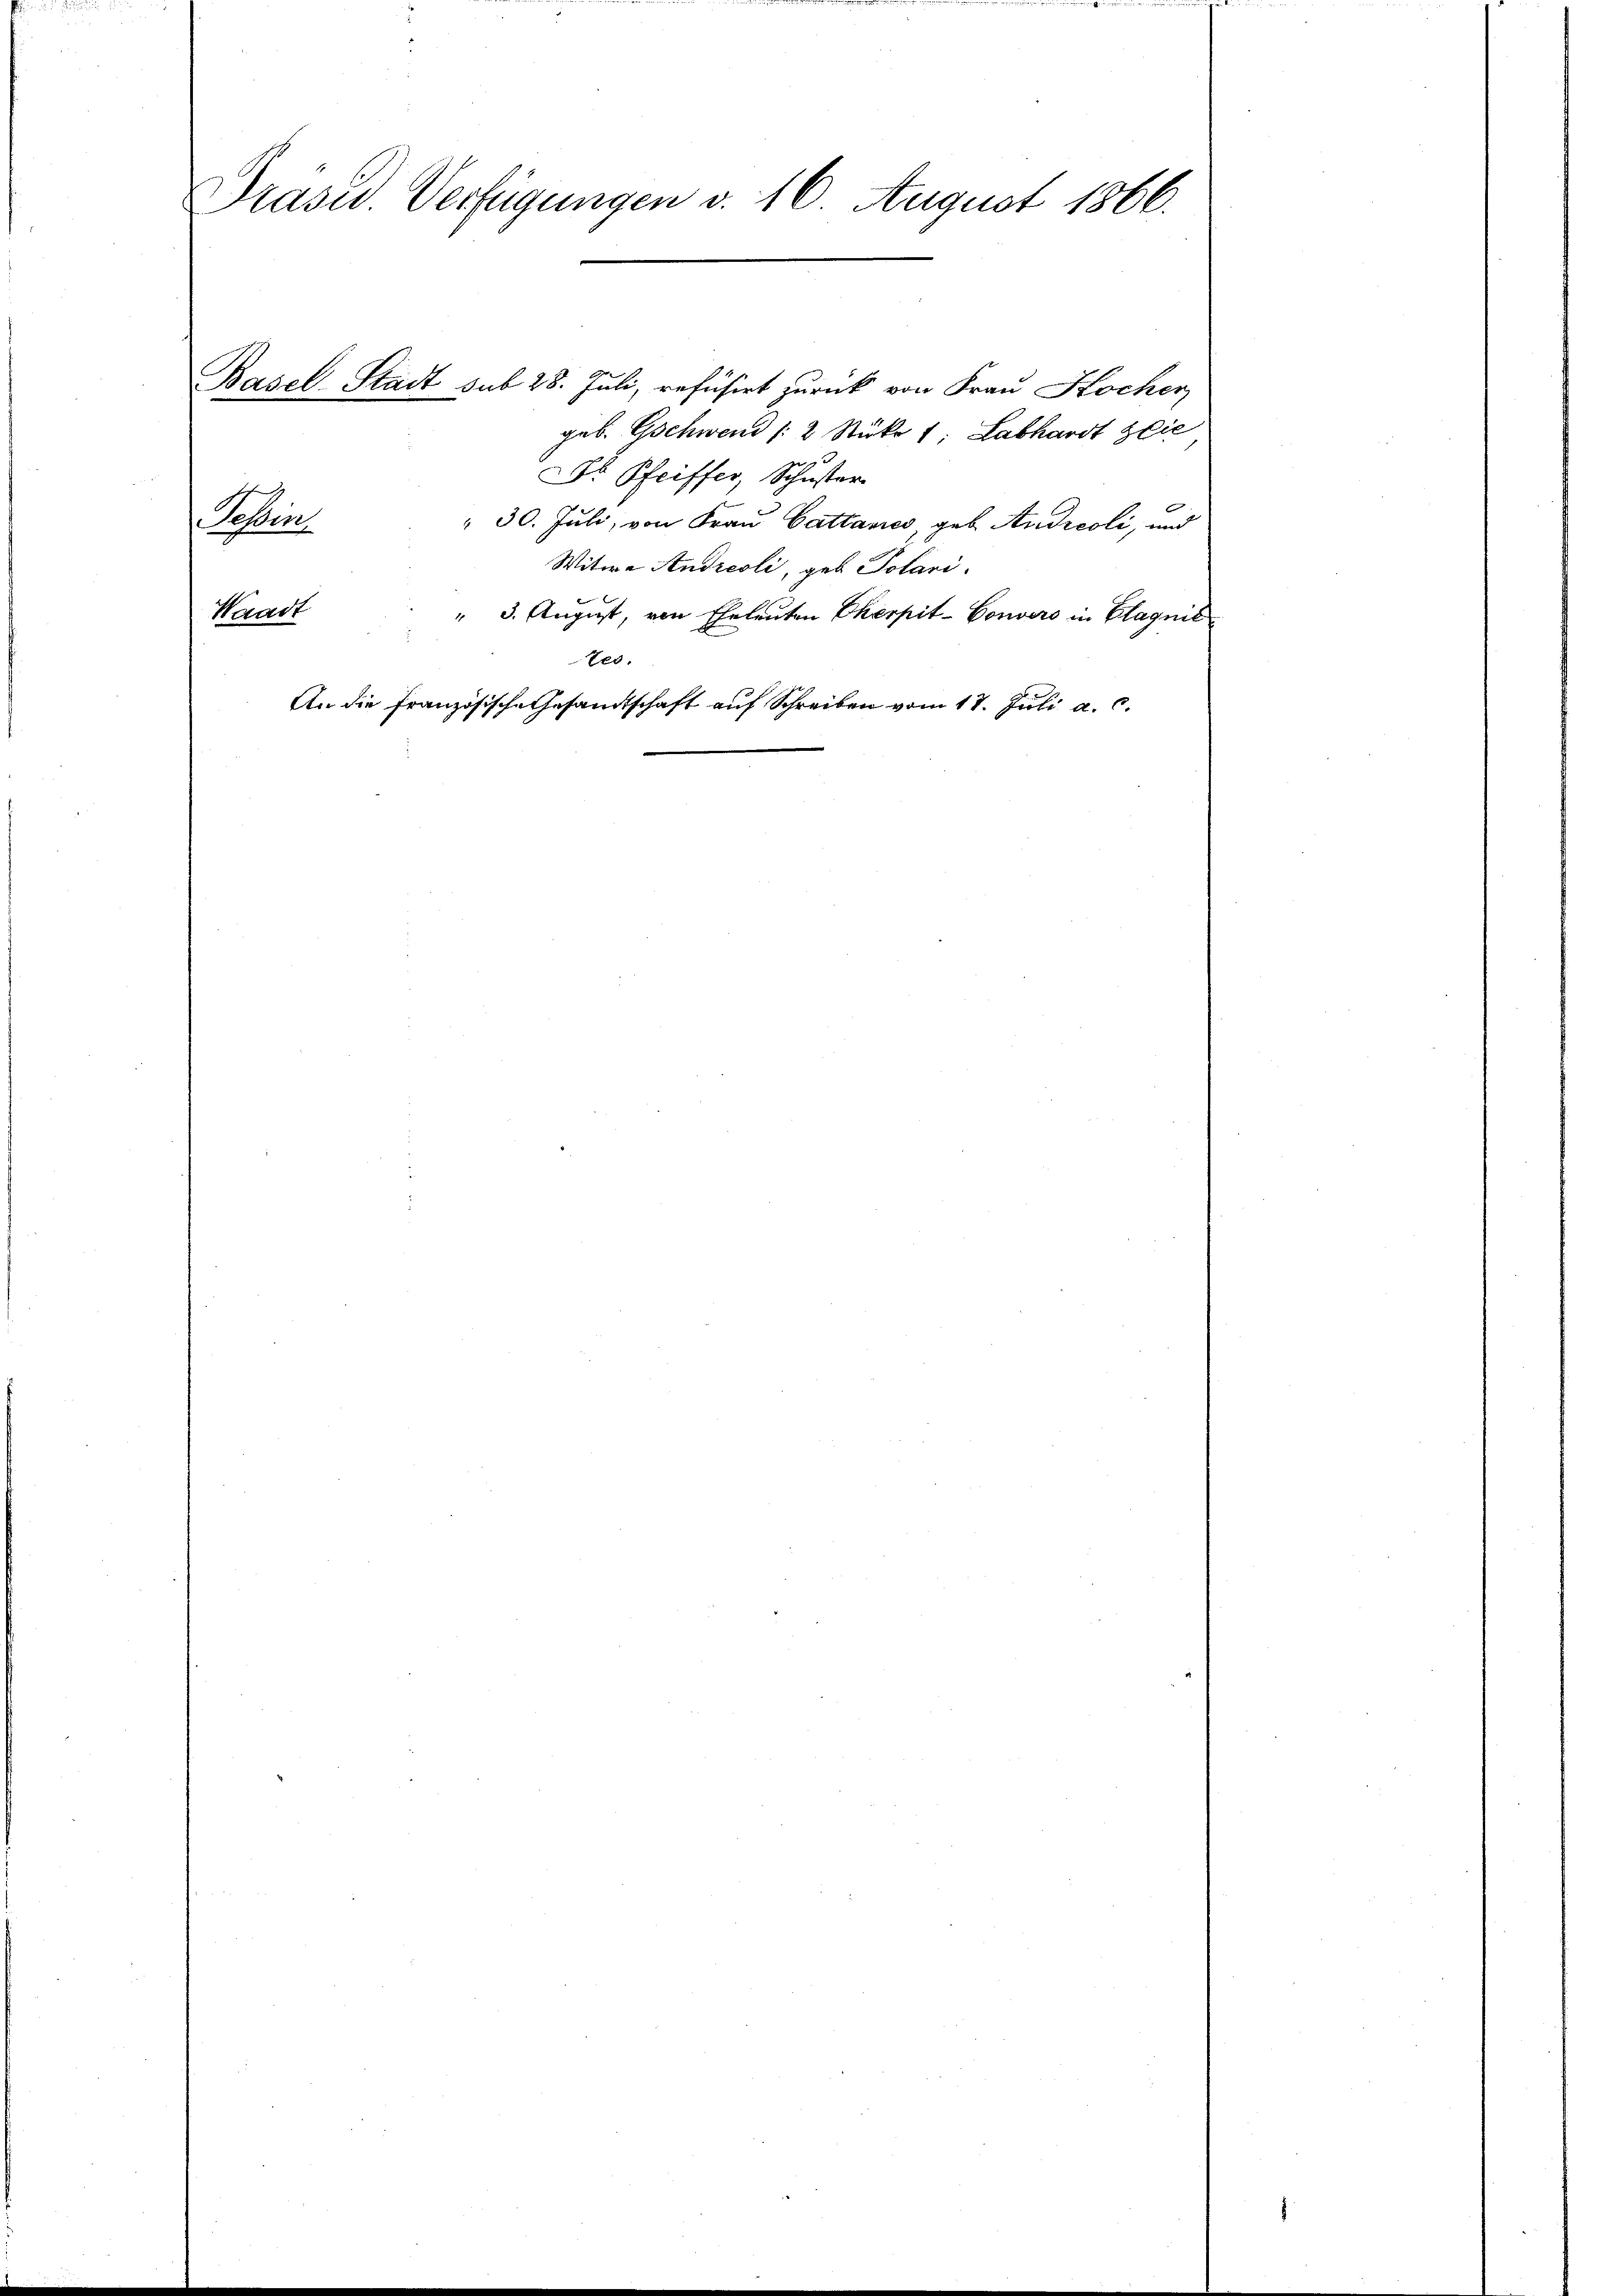
Präsid. Verfügungen d. 16. August 1866.

Basel-Stadt sub 28. Juli, refusirt zurück von Frau Kocher
geb. Gschwend /2 Stüke 1; Labhardt lie
Dr. Pfeiffer, Schuster
Sachen
 30. Juli, von Frau Cattanes, geb. Andreoli, und
Witwe Andreoli, geb. Polari
Waadt
" 3. August, von Eheleuten Eherpit-Convers in Clagnit
tes.
An die französische Gesandtschaft auf Schreiben vom 17. Juli a. c.